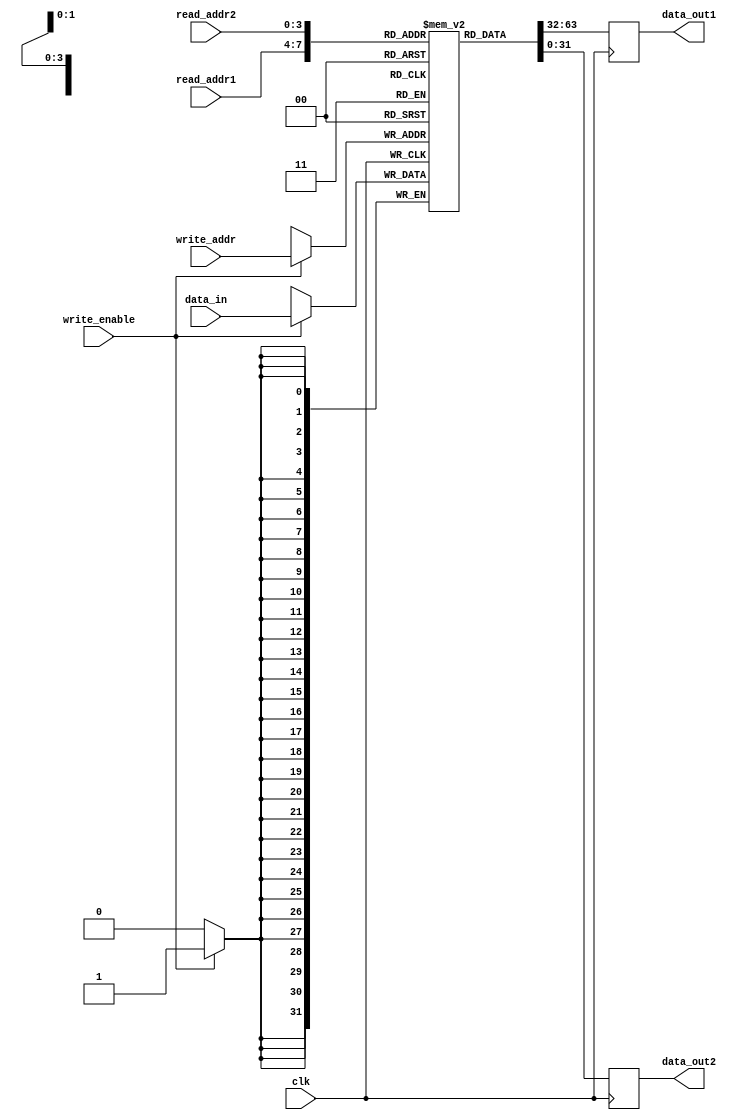
module register_file (
  input wire clk,
  input wire [3:0] read_addr1,
  input wire [3:0] read_addr2,
  input wire [3:0] write_addr,
  input wire write_enable,
  input wire [31:0] data_in,
  output reg [31:0] data_out1,
  output reg [31:0] data_out2
); 

reg [31:0] registers [0:15];

always @ (posedge clk) begin
  if (write_enable) begin
    registers[write_addr] <= data_in;
  end
  data_out1 <= registers[read_addr1];
  data_out2 <= registers[read_addr2];
end

endmodule